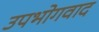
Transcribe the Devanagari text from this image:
उपभोगवाद